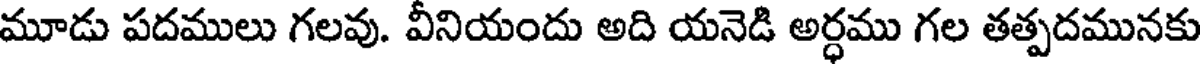
మూడు పదములు గలవు. వీనియందు అది యనెడి అర్ధము గల తత్పదమునకు